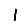
Digit: 1